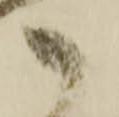
御